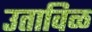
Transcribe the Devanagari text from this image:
उताविळ